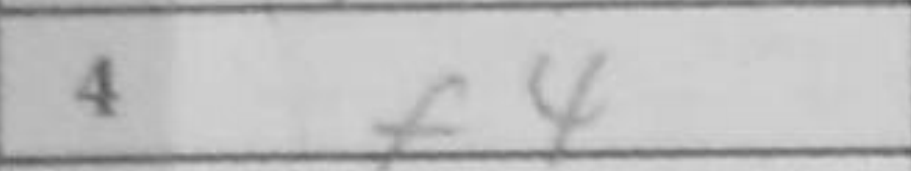
Transcription: f4